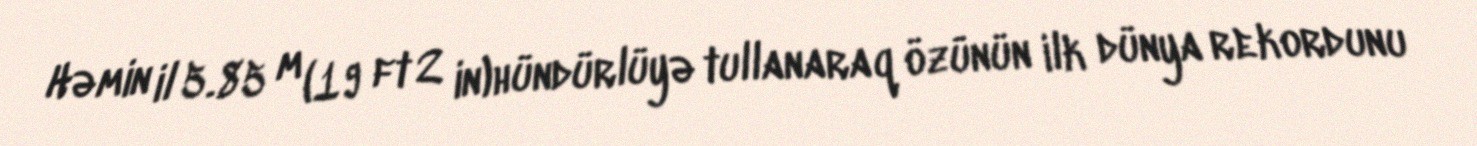
Həmin il 5.85 m (19 ft 2 in)hündürlüyə tullanaraq özünün ilk dünya rekordunu